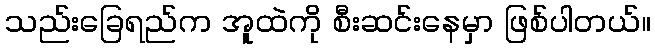
သည်းခြေရည်က အူထဲကို စီးဆင်းနေမှာ ဖြစ်ပါတယ်။